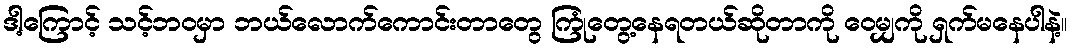
ဒါ့ကြောင့် သင့်ဘဝမှာ ဘယ်လောက်ကောင်းတာတွေ ကြုံတွေ့နေရတယ်ဆိုတာကို ဝေမျှကို ရှက်မနေပါနဲ့။